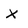
Character: x